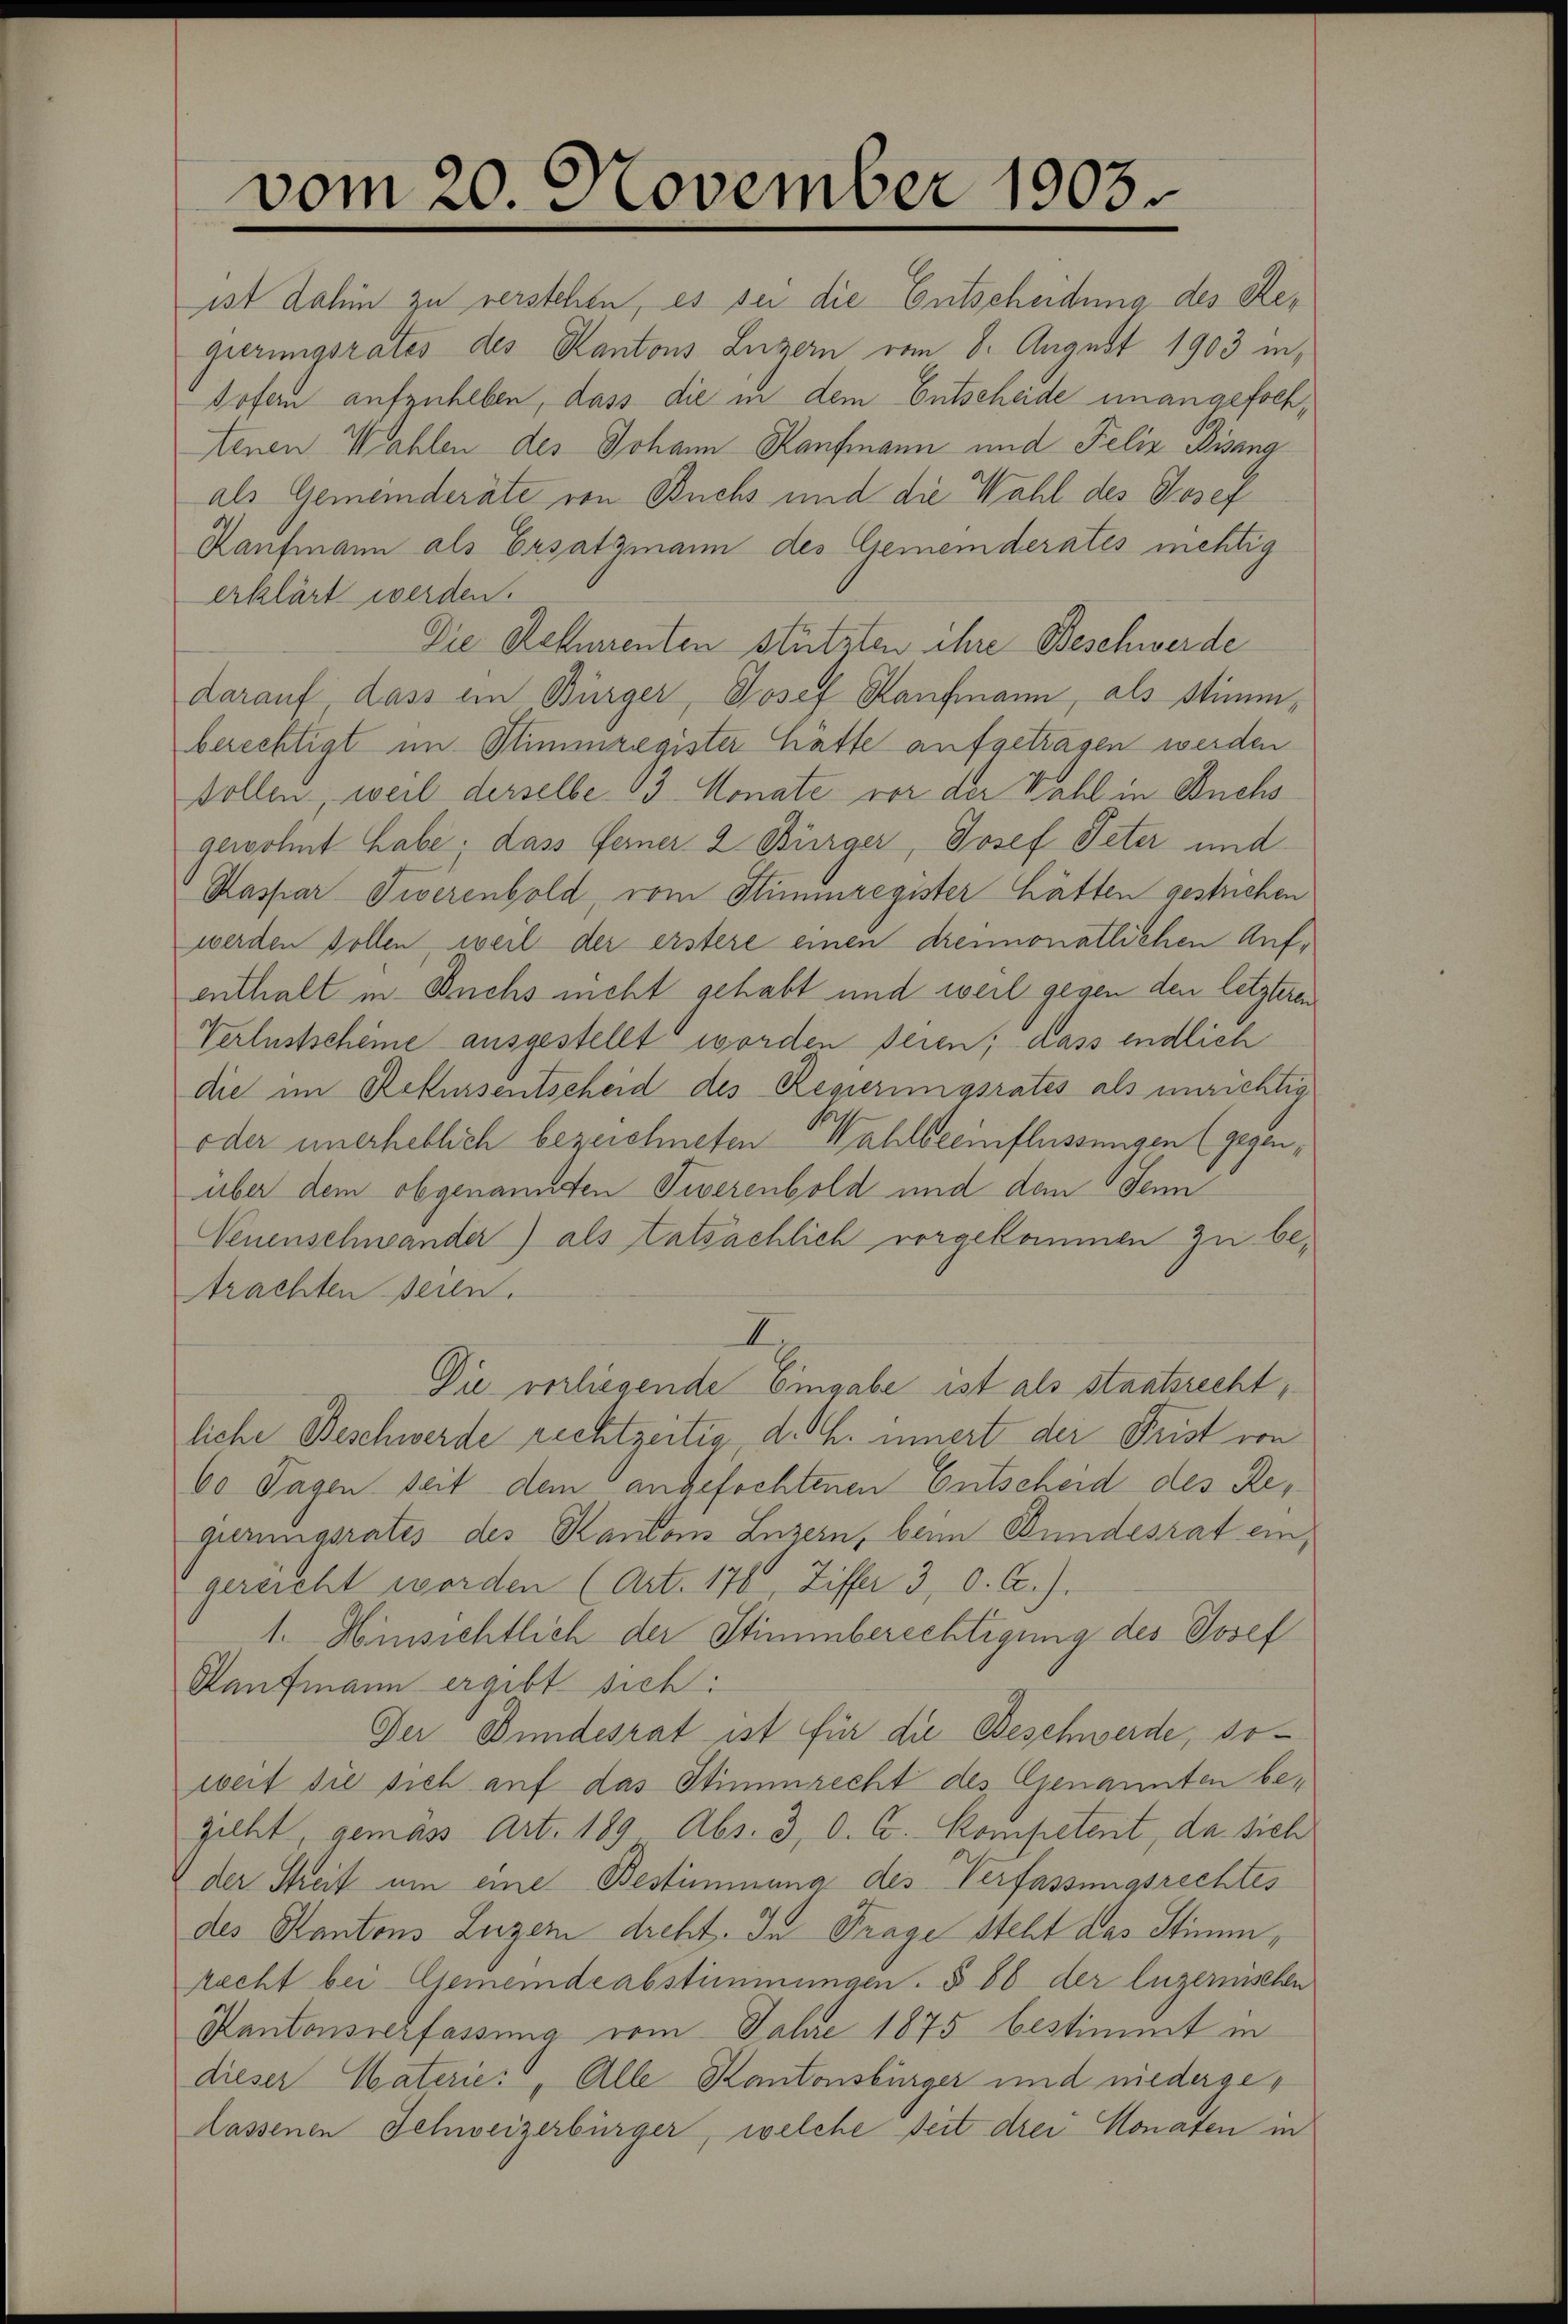
vom 20. November 1903.

ist dahin zu verstehen, es sei die Entscheidung des Regierungsrates des Kantons Luzern vom 8. August 1903 in
Sofern aufzuheben, dass die in dem Entscheide unangefochtenen Wahlen des Johann Kaufmann und Felix Bising
als Gemeinderäte von Buchs und die Wahl des Josef
Kaufmann als Ersatzmann des Gemeinderates mehlig
erklärt werden.
Die Fehmenten stützten ihre Beschwerde
darauf, dass ein Bürger, Josef Kaufmann, als Stimmberechtigt im Stimmregister hatte aufgetragen werden
sollen, weil derselbe 13. Monate vor der Wahl in Buchs
gewohnt habe, dass Ferner 2 Bürger, Josef Peter und
Kaspar Fiverenbold, vom Stimmregister hätten gestrichen
werden sollen, weil der erstere einen dreimonatlichen Aufenthalt in Buchs nicht gehabt und weil gegen den letzteren
Verlustscheine ausgestellt worden seien; dass endlich
die im Rekursentscheid des Regierungsrates als unrichtig
oder unerheblich bezeichneten Wahlbeeinflüssungen (gegenüber dem obgenannten Tiverenbold und dem Jenn
Venenschwander) als tatsächlich vorgekommen zu betrachten seien.
II.
Die verliegende Eingabe ist als staatsrecht,
liche Beschwerde rechtzeitig, d. h. innert der Frist von
60 Tagen seit dem angefochtenen Entscheid des Regierungsrates des Kantons Luzern, beim Bundesrat ein
gereicht worden (Art. 176, Ziffer 3, 0. C.).
1. Hinsichtlich der Stimmberechtigung des Josef
Kaufmann ergibt sich:
Der Bundesrat ist für die Beschwerde, soweit die sich auf das Stimmrecht des Genannten begilbt, gemäss Art. 189 Abs. 3, d. C. Kompetent, da sich
der Streif um eine Bestimmung des Verfassungsrechtes
des Kantons Luzer dreht. In Frage steht das Stimm¬
Recht bei Gemeinde abstimmungen. § 86 der luzernischen
Kantonsverfassung vom Jahre 1875 bestimmt in
dieser Materie: „Alle Kantonsbürger und niedergelassenen Schweizerbürger, welche seit drei Monaten in

¬